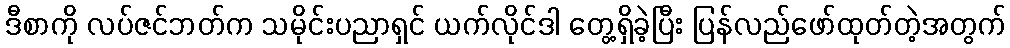
ဒီစာကို လပ်ဇင်ဘတ်က သမိုင်းပညာရှင် ယက်လိုင်ဒါ တွေ့ရှိခဲ့ပြီး ပြန်လည်ဖော်ထုတ်တဲ့အတွက်